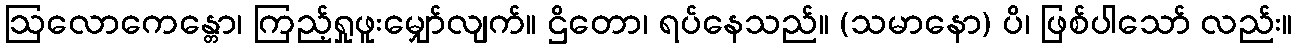
ဩလောကေန္တော၊ ကြည့်ရှုဖူးမျှော်လျက်။ ဌိတော၊ ရပ်နေသည်။ (သမာနော) ပိ၊ ဖြစ်ပါသော် လည်း။